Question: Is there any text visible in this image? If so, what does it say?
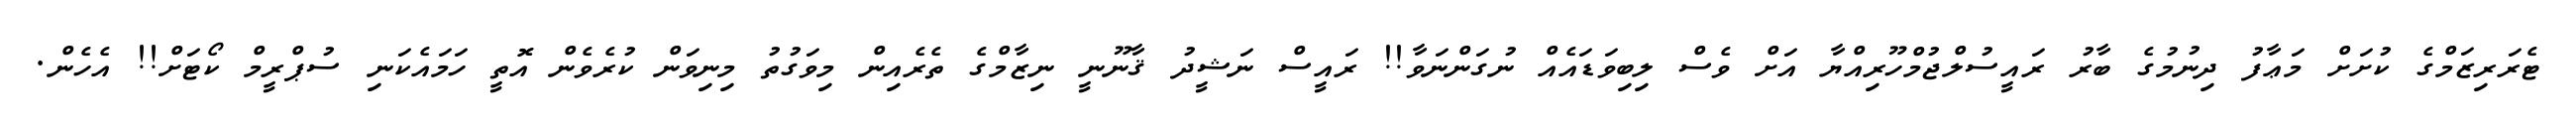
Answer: ޓެރަރިޒަމްގެ ކުށަށް މަޢާފު ދިނުމުގެ ބާރު ރައީސުލްޖުމްހޫރިއްޔާ އަށް ވެސް ލިބިވަޑައެއް ނުގަންނަވާ!! ރައީސް ނަޝީދު ޤާނޫނީ ނިޒާމްގެ ތެރެއިން މިވަގުތު މިނިވަން ކުރެވެން އޮތީ ހަމައެކަނި ސުޕްރީމް ކޯޓަށް!! އެހެން.